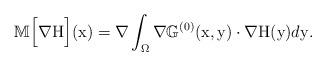
LaTeX: \begin{align*}\mathbb{M}\Big[\nabla \mathrm{H}\Big](\mathrm{x}) = \nabla \int_{\Omega} \nabla\mathbb{G}^{(0)}(\mathrm{x},\mathrm{y})\cdot\nabla \mathrm{H}(\mathrm{y})d\mathrm{y}.\end{align*}